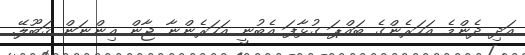
އަދި ދެންމެ އަހަރެންގެ ބައްޕަ ގުޅާފަ އެބުނީ އަހަރެންނާ ޖާން އިންނަން ޤަބޫލޭ.